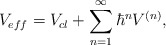
\begin{align*}V_{eff}=V_{cl}+\sum_{n=1}^{\infty }{\hbar }^{n}V^{(n)}, \end{align*}